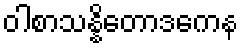
ဝါစာသန္နိတောဒကေန